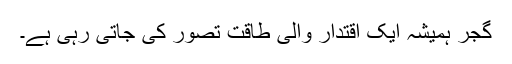
گجر ہمیشہ ایک اقتدار والی طاقت تصور کی جاتی رہی ہے۔